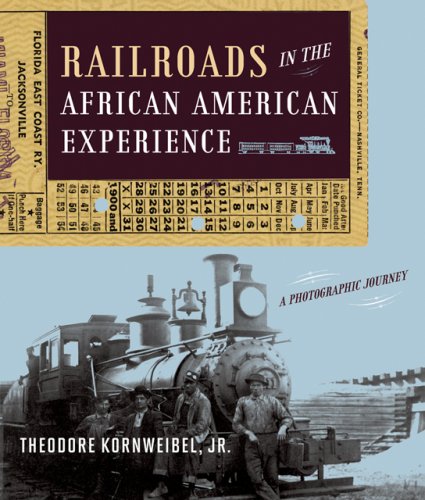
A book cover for Railroads in the African American Experience: A Photographic Journey; Theodore Kornweibel Jr.; Arts & Photography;